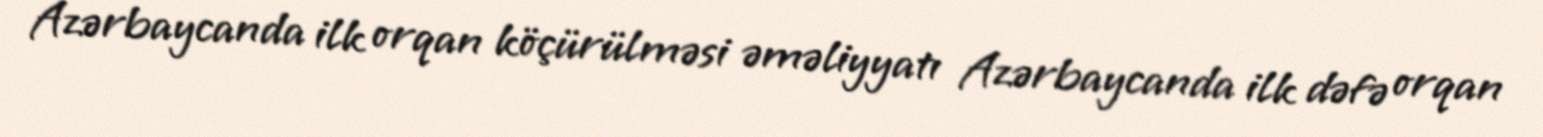
Azərbaycanda ilk orqan köçürülməsi əməliyyatı Azərbaycanda ilk dəfə orqan